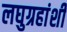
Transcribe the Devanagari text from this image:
लघुग्रहांशी